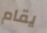
يقام